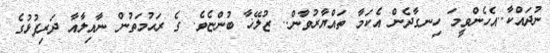
ނުދައްކާ..އެހެންވީމަ ހިނގާދެން އެކަމާ ތައްޔާރުވާން.. ޒުލޭޚާ ބުންޏެވެ. ގެ ރަޙުމަތުން ނާއިލާއާ ދަރިފުޅުގެ